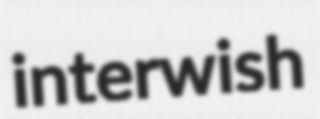
interwish